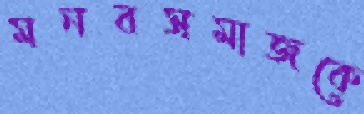
মনবসমাজকে